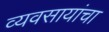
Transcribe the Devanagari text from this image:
व्यवसायांचा